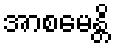
အာစမေန္တိ